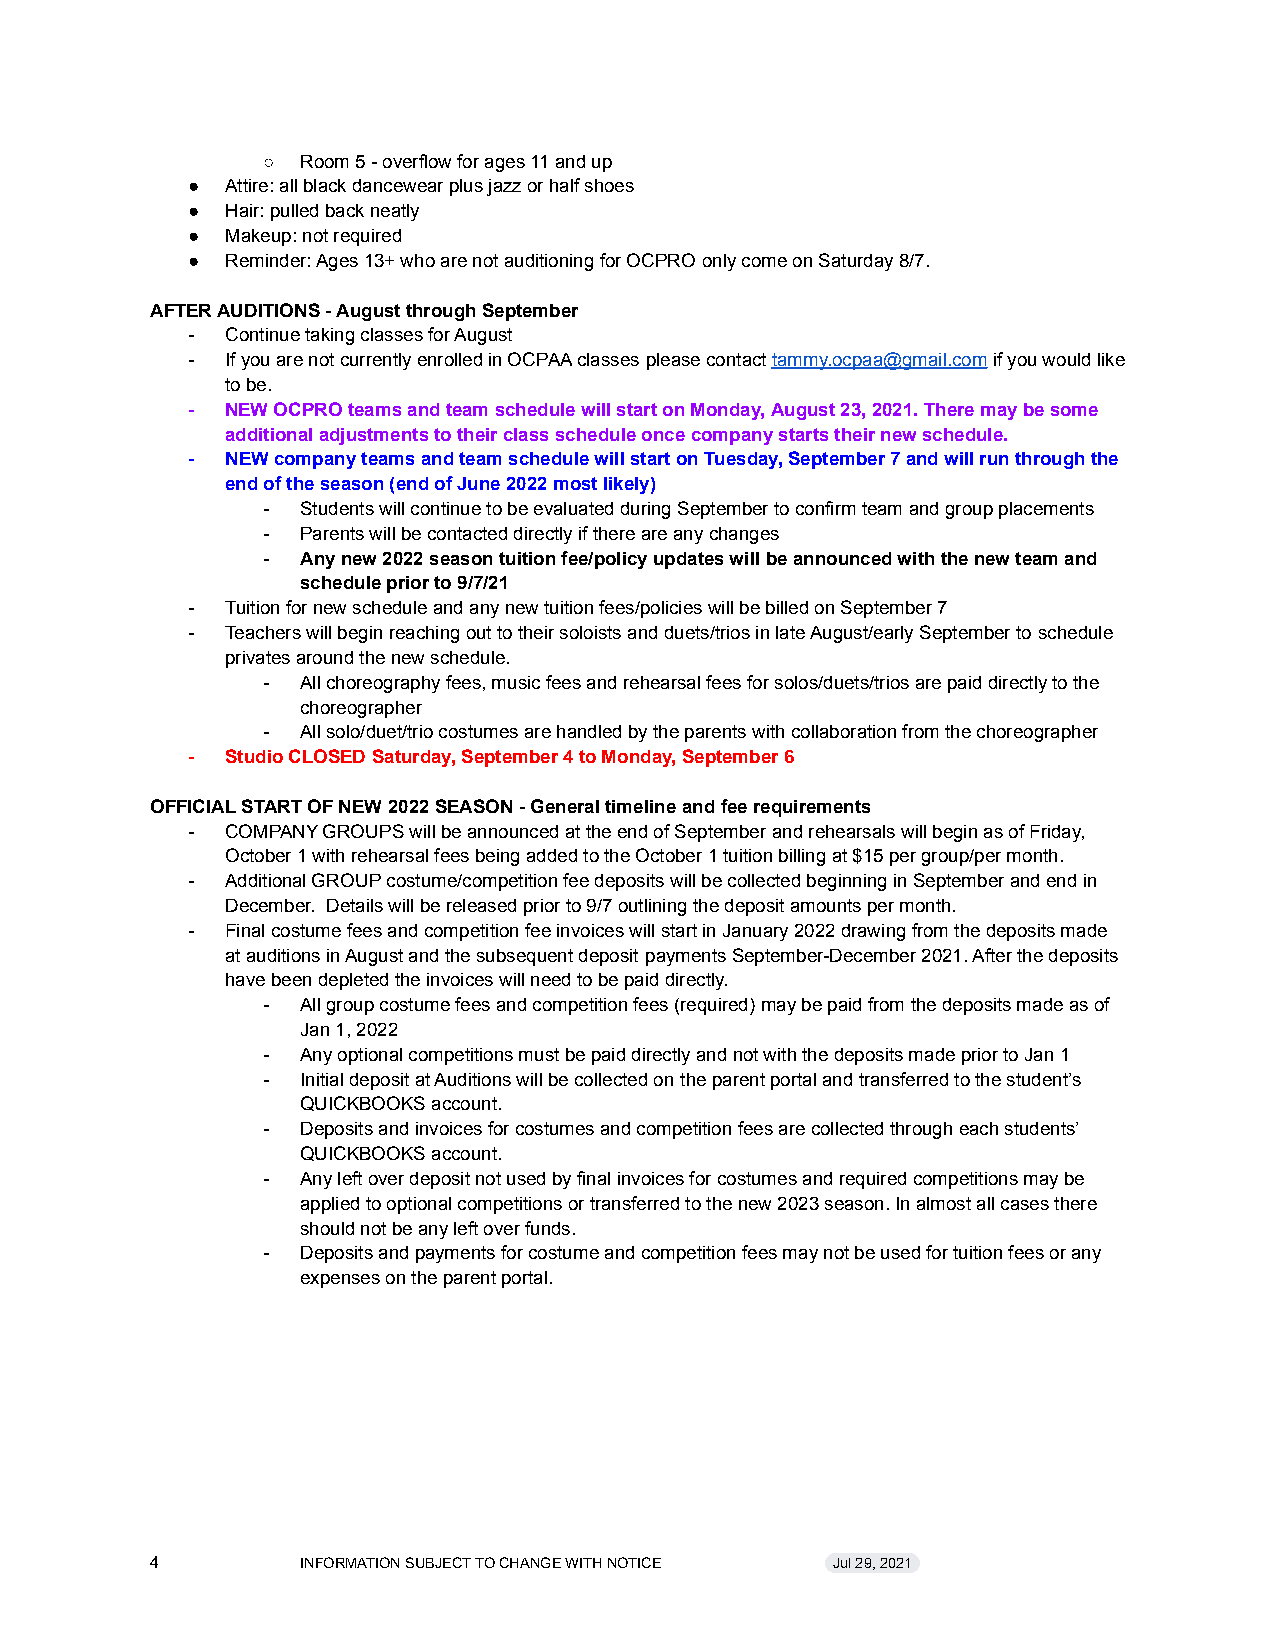
○  Room 5 - overflow for ages 11 and up
 ●  Attire: all black dancewear plus jazz or half shoes
 ●  Hair: pulled back neatly
 ●  Makeup: not required
 ●  Reminder: Ages 13+ who are not auditioning for OCPROonly come on Saturday 8/7.
 AFTER AUDITIONS - August through September
 -  Continue taking classes for August
 -  If you are not currently enrolled in OCPAA classesplease contacttammy.ocpaa@gmail.comif you wouldlike
 to be.
 -  NEW OCPRO teams and team schedule will start on Monday,August 23, 2021. There may be some
 additional adjustments to their class schedule oncecompany starts their new schedule.
 -  NEW company teams and team schedule will start onTuesday, September 7 and will run through the
 end of the season (end of June 2022 most likely)
 -  Students will continue to be evaluated during Septemberto confirm team and group placements
 -  Parents will be contacted directly if there are anychanges
 -  Any new 2022 season tuition fee/policy updates willbe announced with the new team and
 schedule prior to 9/7/21
 -  Tuition for new schedule and any new tuition fees/policieswill be billed on September 7
 -  Teachers will begin reaching out to their soloistsand duets/trios in late August/early September toschedule
 privates around the new schedule.
 -  All choreography fees, music fees and rehearsal feesfor solos/duets/trios are paid directly to the
 choreographer
 -  All solo/duet/trio costumes are handled by the parentswith collaboration from the choreographer
 -  Studio CLOSED Saturday, September 4 to Monday, September6
 OFFICIAL START OF NEW 2022 SEASON - General timelineand fee requirements
 -  COMPANY GROUPS will be announced at the end of Septemberand rehearsals will begin as of Friday,
 October 1 with rehearsal fees being added to the October1 tuition billing at $15 per group/per month.
 -  Additional GROUP costume/competition fee depositswill be collected beginning in September and end in
 December. Details will be released prior to 9/7 outliningthe deposit amounts per month.
 -  Final costume fees and competition fee invoices willstart in January 2022 drawing from the deposits made
 at auditions in August and the subsequent depositpayments September-December 2021. After the deposits
 have been depleted the invoices will need to be paiddirectly.
 -  All group costume fees and competition fees (required)may be paid from the deposits made as of
 Jan 1, 2022
 -  Any optional competitions must be paid directly andnot with the deposits made prior to Jan 1
 -  Initial deposit at Auditions will be collected onthe parent portal and transferred to the student’s
 QUICKBOOKS account.
 -  Deposits and invoices for costumes and competitionfees are collected through each students’
 QUICKBOOKS account.
 -  Any left over deposit not used by final invoices forcostumes and required competitions may be
 applied to optional competitions or transferred tothe new 2023 season. In almost all cases there
 should not be any left over funds.
 -  Deposits and payments for costume and competitionfees may not be used for tuition fees or any
 expenses on the parent portal.
 4         INFORMATION SUBJECT TO CHANGE WITH NOTICE Jul 29, 2021